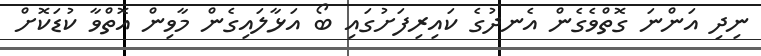
ނިދި އަންނަ ގޮތްވެގެން އެނދުގެ ކައިރިފަށުގައި ބޯ އަޅާލައިގެން މާވިން އޮތްވާ ކުޑަކޮށް